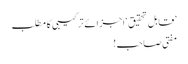
’قابل تحقیق‘ اجزائے ترکیبی کا مطلب
مفتی صاحب!